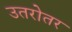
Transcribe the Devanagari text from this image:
उतरोतर